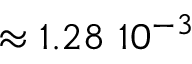
\approx 1 . 2 8 ~ 1 0 ^ { - 3 }